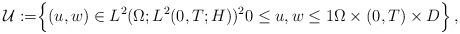
LaTeX: \begin{align*} \mathcal U:=&\Big\{(u,w)\in L^2(\Omega; L^2(0,T; H))^2 0\leq u,w \leq 1 \Omega\times(0,T)\times D\Big\}\,,\end{align*}